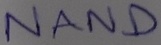
Text: NAND